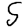
Digit: 5